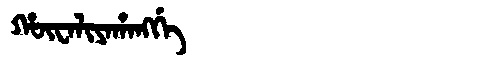
Manchu: ᡥᡡᠸᠠᠯᡳᠶᠠᡥᠠᠩᡤᡝ
Romanization: HŪWALIYAHANGGE